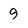
Character: 9